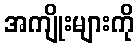
အကျိုးများကို